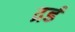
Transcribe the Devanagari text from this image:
द्रर्ड